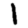
Digit: 1